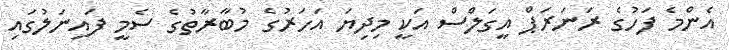
އެންމެ ފަހުގެ ރަނަރަޕް އީގަލްސް އަކީ މިދިޔަ އަހަރުގެ މުބާރާތުގެ ސެމީ ފައިނަލުގައި